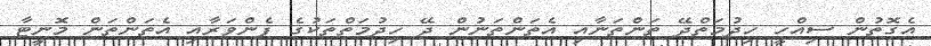
އެގޮތުން ސިއްހީ ހިދުމަތްދޭ ތަންތަނާއި އެތަންތަނުން ދޭ ހިދުމަތްތަކުގެ ފެންވަރާއި އެތަންތަން މޮނީޓާ